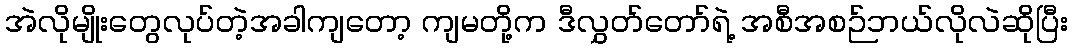
အဲလိုမျိုးတွေလုပ်တဲ့အခါကျတော့ ကျမတို့က ဒီလွှတ်တော်ရဲ့ အစီအစဉ်ဘယ်လိုလဲဆိုပြီး